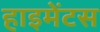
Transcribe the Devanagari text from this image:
हाइमेंटस